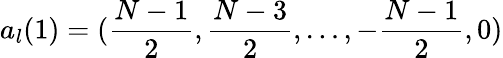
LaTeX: a_{l}(1)=({\frac{N-1}{2}},{\frac{N-3}{2}},\dots,-{\frac{N-1}{2}},0)